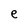
Character: e